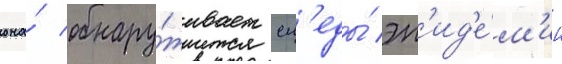
она́ обнару́живает сл'еды́ эп'ид'е́м'ии